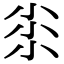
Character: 𡭯